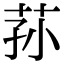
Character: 荪